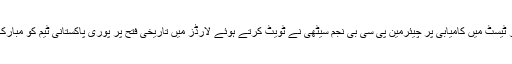
لارڈز ٹیسٹ میں کامیابی پر چیئرمین پی سی بی نجم سیٹھی نے ٹویٹ کرتے ہوئے لارڈز میں تاریخی فتح پر پوری پاکستانی ٹیم کو مبارک دی۔